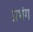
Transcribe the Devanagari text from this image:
प्रभ्रंग